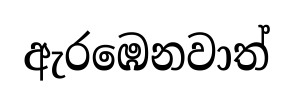
ඇරඹෙනවාත්